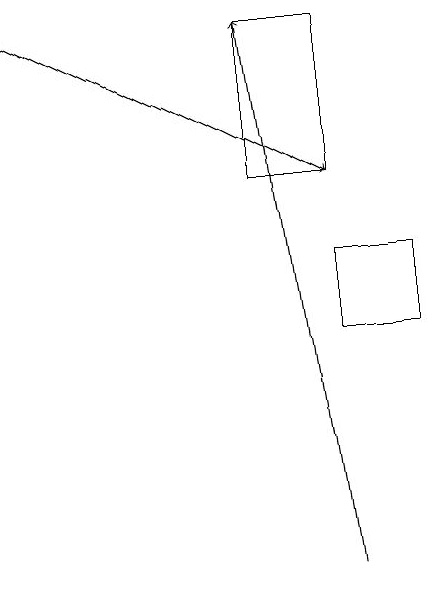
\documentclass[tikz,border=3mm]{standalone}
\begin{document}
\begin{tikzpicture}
\draw[->] (5,11) -- (4,18);
\draw[->] (1,18) -- (5,16);
\draw (6,14) rectangle (5,15);
\draw (5,18) rectangle (4,16);
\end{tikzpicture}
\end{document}